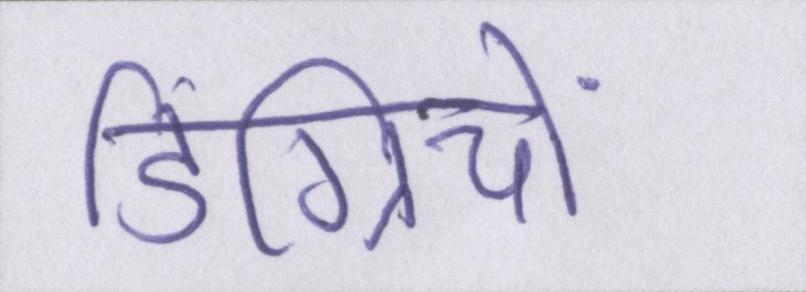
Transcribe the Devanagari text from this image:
डिग्रियों